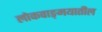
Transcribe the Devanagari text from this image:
लोकवाङ्‍मयातील